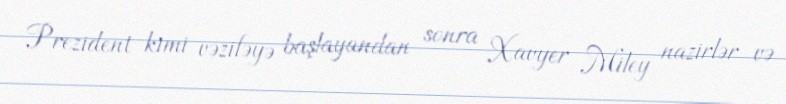
Prezident kimi vəzifəyə başlayandan sonra Xavyer Miley nazirlər və